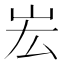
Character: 𡵦